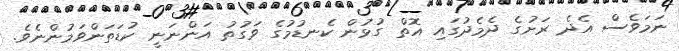
ނަމަވެސް އެދެ ރަށުގެ ދެމެދުގައި އޮތް ގުޅުން ކެނޑުމުގެ ވަގުތު އަންނަނީ ކުޑަތަންވަމުންނެވެ.